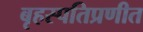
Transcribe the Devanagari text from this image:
बृहस्पतिप्रणीत